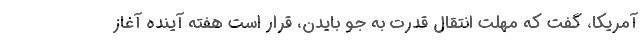
آمریکا، گفت که مهلت انتقال قدرت به جو بایدن، قرار است هفته آینده آغاز